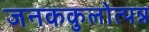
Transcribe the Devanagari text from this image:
जनककुलोत्पन्न